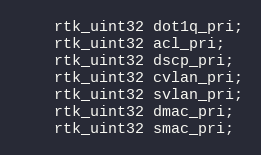
Language: C
    rtk_uint32 dot1q_pri;
    rtk_uint32 acl_pri;
    rtk_uint32 dscp_pri;
    rtk_uint32 cvlan_pri;
    rtk_uint32 svlan_pri;
    rtk_uint32 dmac_pri;
    rtk_uint32 smac_pri;